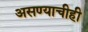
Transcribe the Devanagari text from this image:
असण्याचीही